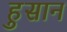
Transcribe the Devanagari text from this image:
हुसान